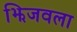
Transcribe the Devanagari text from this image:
झिजवला